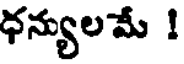
ధన్యులమే !